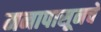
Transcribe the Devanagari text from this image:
मनापासूनचे